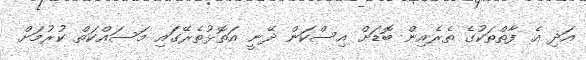
އަދި އެ ފާތްތަކުގެ ތެރެއިން ބޮޑަށް އިސްކަން ދޭނީ އަތޮޅުތެރޭގައި މަސައްކަތް ކުރުމަށް